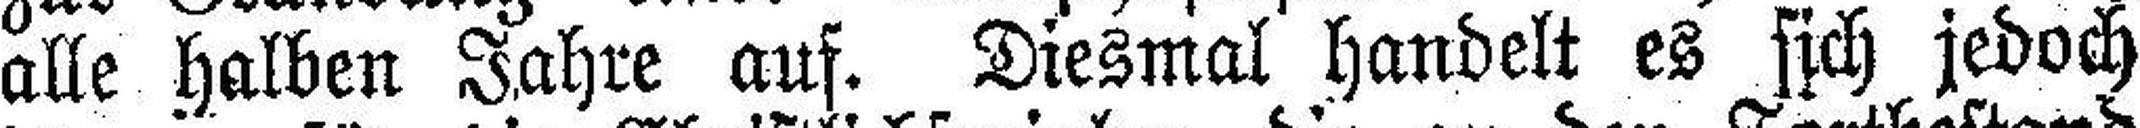
alle halben Jahre auf. Diesmal handelt es sich jedoch